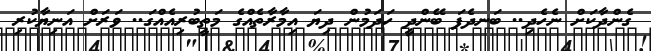
ގެންދާކަށް ނެހެދި.. ބަނދެފަ ބޭންދީ ހަދަމުން ދިޔަ އިމާރާތެއްގެ މަތީބުރިއެއްގަ.. ވަރަށް އަނިޔާކުރި